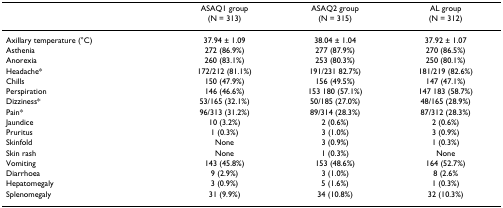
<table><thead><tr><td></td><td><b>ASAQ1 group(N = 313)</b></td><td><b>ASAQ2 group(N = 315)</b></td><td><b>AL group(N = 312)</b></td></tr></thead><tbody><tr><td>Axillary temperature (°C)</td><td>37.94 ± 1.09</td><td>38.04 ± 1.04</td><td>37.92 ± 1.07</td></tr><tr><td>Asthenia</td><td>272 (86.9%)</td><td>277 (87.9%)</td><td>270 (86.5%)</td></tr><tr><td>Anorexia</td><td>260 (83.1%)</td><td>253 (80.3%)</td><td>250 (80.1%)</td></tr><tr><td>Headache*</td><td>172/212 (81.1%)</td><td>191/231 82.7%)</td><td>181/219 (82.6%)</td></tr><tr><td>Chills</td><td>150 (47.9%)</td><td>156 (49.5%)</td><td>147 (47.1%)</td></tr><tr><td>Perspiration</td><td>146 (46.6%)</td><td>153 180 (57.1%)</td><td>147 183 (58.7%)</td></tr><tr><td>Dizziness*</td><td>53/165 (32.1%)</td><td>50/185 (27.0%)</td><td>48/165 (28.9%)</td></tr><tr><td>Pain*</td><td>96/313 (31.2%)</td><td>89/314 (28.3%)</td><td>87/312 (28.3%)</td></tr><tr><td>Jaundice</td><td>10 (3.2%)</td><td>2 (0.6%)</td><td>2 (0.6%)</td></tr><tr><td>Pruritus</td><td>1 (0.3%)</td><td>3 (1.0%)</td><td>3 (0.9%)</td></tr><tr><td>Skinfold</td><td>None</td><td>3 (0.9%)</td><td>1 (0.3%)</td></tr><tr><td>Skin rash</td><td>None</td><td>1 (0.3%)</td><td>None</td></tr><tr><td>Vomiting</td><td>143 (45.8%)</td><td>153 (48.6%)</td><td>164 (52.7%)</td></tr><tr><td>Diarrhoea</td><td>9 (2.9%)</td><td>3 (1.0%)</td><td>8 (2.6%</td></tr><tr><td>Hepatomegaly</td><td>3 (0.9%)</td><td>5 (1.6%)</td><td>1 (0.3%)</td></tr><tr><td>Splenomegaly</td><td>31 (9.9%)</td><td>34 (10.8%)</td><td>32 (10.3%)</td></tr></tbody></table>